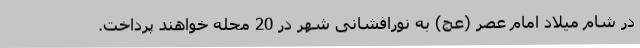
در شام میلاد امام عصر (عج) به نورافشانی شهر در 20 محله خواهند پرداخت.